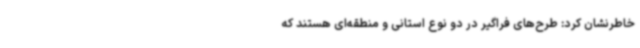
خاطرنشان کرد: طرح‌های فراگیر در دو نوع استانی و منطقه‌ای هستند که